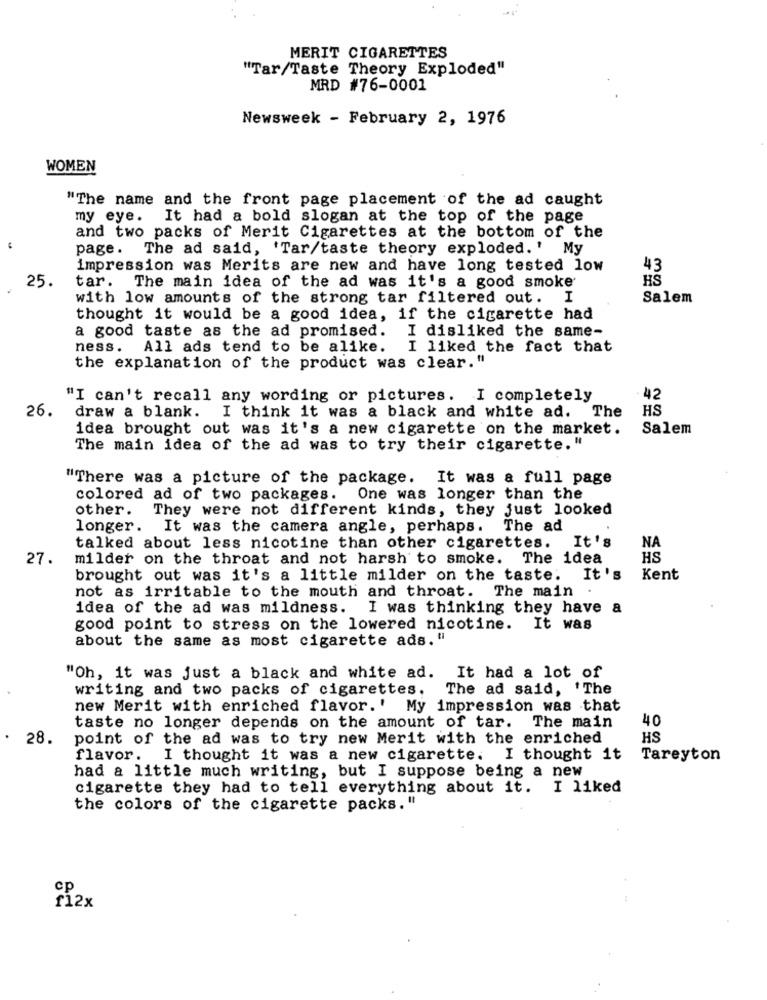
MERIT CIGARETTES
"Tar/Taste Theory Exploded"
MRD #76-0001
Newsweek - February 2, 1976
WOMEN
"The name and the front page placement of the ad caught
my eye. It had a bold slogan at the top of the page
and two packs of Merit Cigarettes at the bottom of the
page. The ad said, 'Tar/taste theory exploded.' My
impression was Merits are new and have long tested low
43
25
HS
tar. The main idea of the ad was it's a good smoke
with low amounts of the strong tar filtered out. I
Salem
thought it would be a good idea, if the cigarette had
I disliked the same-
a good taste as the ad promised.
ness. All ads tend to be alike. I liked the fact that
the explanation of the product was clear."
"I can't recall any wording or pictures. I completely
42
26.
draw a blank. I think it was a black and white ad. The
HS
idea brought out was it's a new cigarette on the market.
Salem
The main idea of the ad was to try their cigarette."
"There was a picture of the package. It was a full page
colored ad of two packages. One was longer than the
other.
They were not different kinds, they just looked
longer. It was the camera angle, perhaps. The ad
NA
talked about less nicotine than other cigarettes.
It's
27.
milder on the throat and not harsh to smoke. The idea
HS
brought out was it's a little milder on the taste.
It's
Kent
not as irritable to the mouth and throat. The main
idea of the ad was mildness. I was thinking they have a
good point to stress on the lowered nicotine. It was
about the same as most cigarette ads."
"Oh, it was just a black and white ad. It had a lot of
writing and two packs of cigarettes. The ad said, 'The
new Merit with enriched flavor.' My impression was that
40
taste no longer depends on the amount of tar. The main
28.
point of the ad was to try new Merit with the enriched
HS
flavor. I thought it was a new cigarette. I thought it
Tareyton
had a little much writing, but I suppose being a new
cigarette they had to tell everything about it. I liked
the colors of the cigarette packs. "
cp
£12x